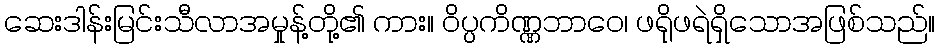
ဆေးဒါန်းမြင်းသီလာအမှုန့်တို့၏ ကား။ ဝိပ္ပကိဏ္ဏဘာဝေ၊ ဖရိုဖရဲရှိသောအဖြစ်သည်။